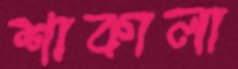
শাকালা